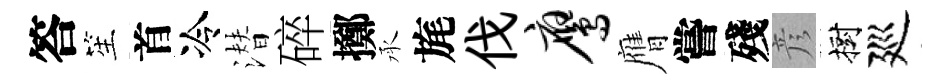
答笙首冷潜碎擲承旄伐鹰膺嘗殘彦樹廵